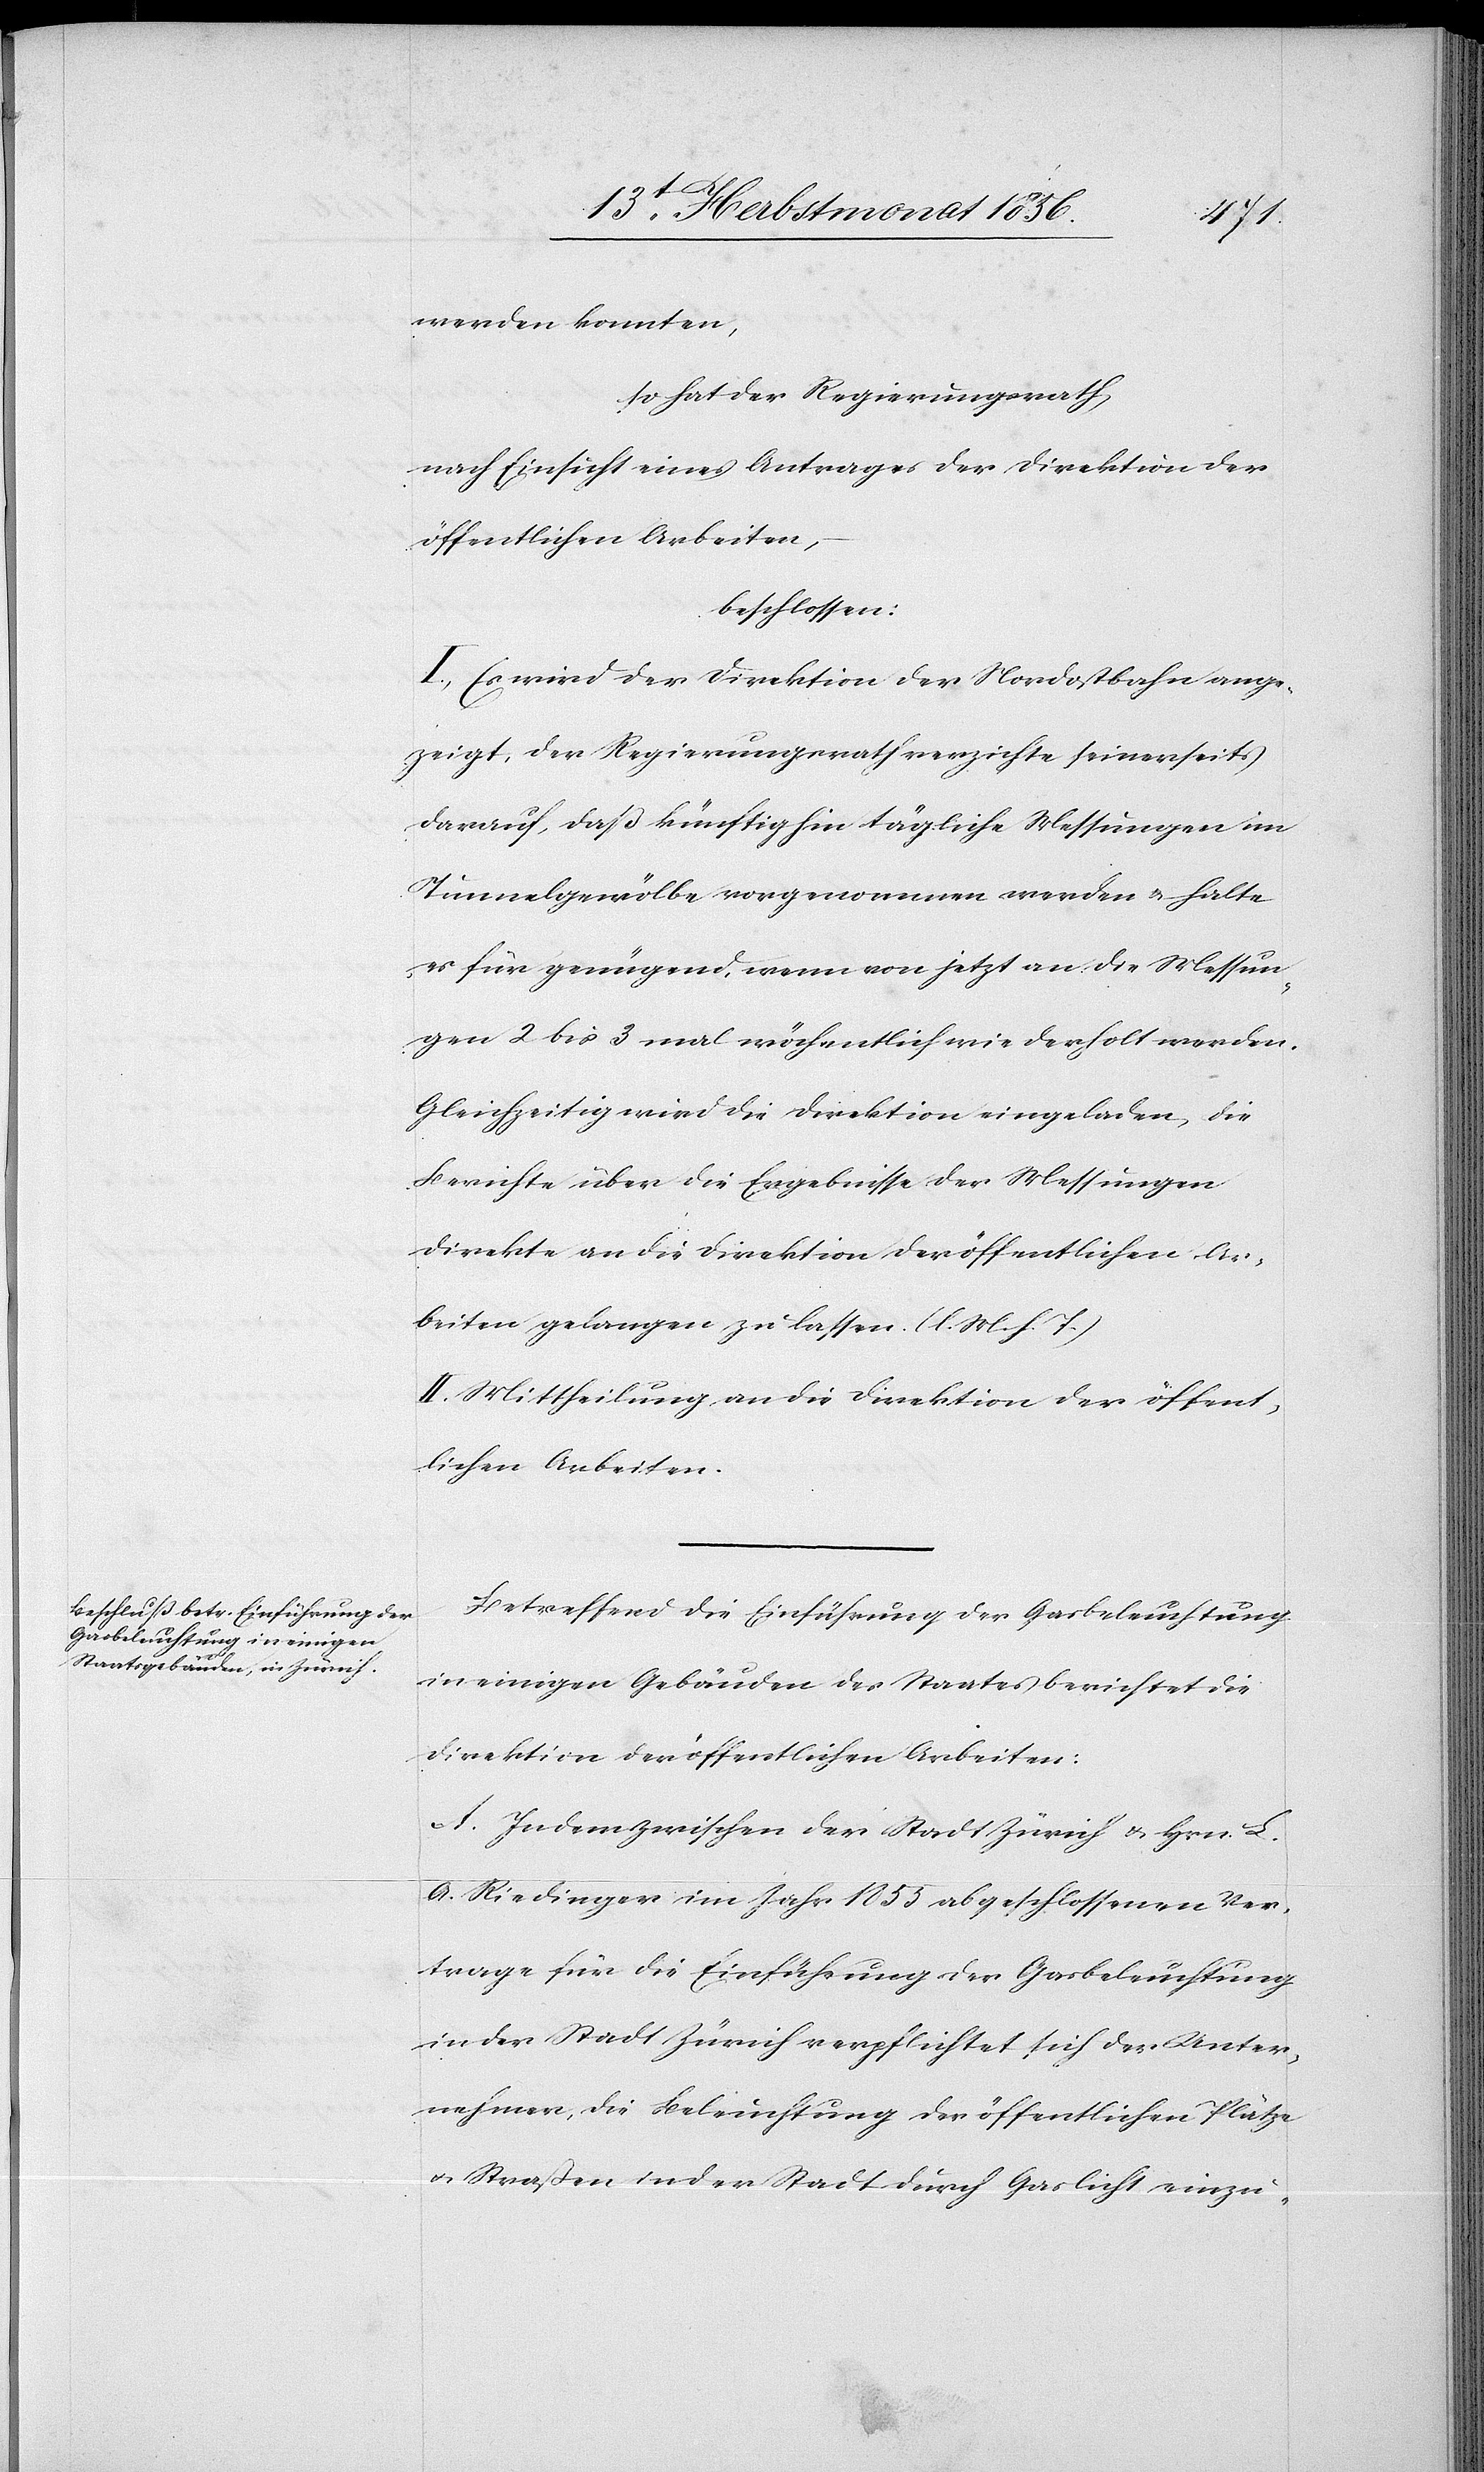
werden konnten,
so hat der Regierungsrath
nach Einsicht eines Antrages der Direktion der
öffentlichen Arbeiten,
beschlossen:
I.) Es wird der Direktion der Nordostbahn ange¬
zeigt, der Regierungsrath verzichte seinerseits
darauf, daß künftighin tägliche Messungen im
Tunnelgewölbe vorgenommen werden u. halte
es für genügend, wenn von jetzt an die Messun¬
gen 2 bis 3 mal wöchentlich wiederholt werden.
Gleichzeitig wird die Direktion eingeladen, die
Berichte über die Ergebnisse der Messungen
direkte an die Direktion der öffentlichen Ar¬
beiten gelangen zu lassen. (l. M. h. T.)
II.) Mittheilung an die Direktion der öffent¬
lichen Arbeiten.
Betreffend die Einführung der Gasbeleuchtung
in einigen Gebäuden des Staates berichtet die
Direktion der öffentlichen Arbeiten:
A. In dem zwischen der Stadt Zürich & Hrn. L.
A. Riedinger im Jahr 1855 abgeschlossenen Ver¬
trage für die Einführung der Gasbeleuchtung
in der Stadt Zürich verpflichtet sich der Unter¬
nehmer, die Beleuchtung der öffentlichen Plätze
u. Straßen in der Stadt durch Gaslicht einzu-